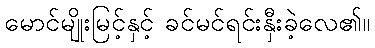
မောင်မျိုးမြင့်နှင့် ခင်မင်ရင်းနှီးခဲ့လေ၏။